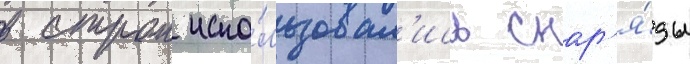
в строи испо́льзовал'ись снар'я́ды